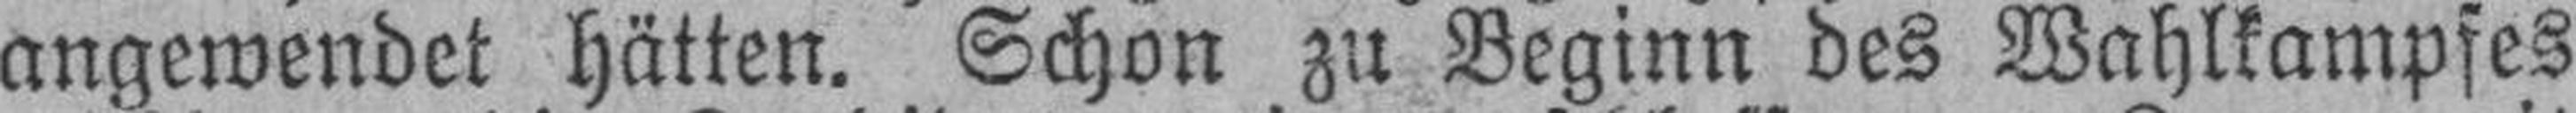
angewendet hätten. Schon zu Beginn des Wahlkampfes